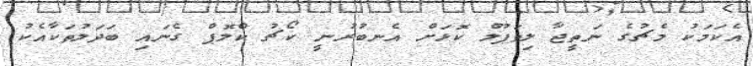
އެކަމަކު މެޗުގެ ނަތީޖާ ލިވަޕޫލް ކޮޅަށް އެނބުރުނީ ކޯޗު ކްލޮޕް ގެނައި ބަދަލުތަކާއެކު